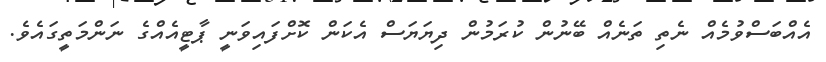
އެއްބަސްވުމެއް ނެތި ތަނެއް ބޭނުން ކުރަމުން ދިޔަޔަސް އެކަން ކޮށްފައިވަނީ ޕާޓީއެއްގެ ނަންމަތީގައެވެ.